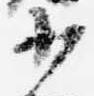
少